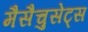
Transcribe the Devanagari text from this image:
मैसैचुसेट्स